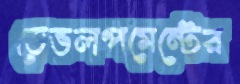
ডেভলপমেন্টের